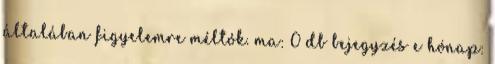
általában figyelemre méltók. ma: 0 db bejegyzés e hónap: